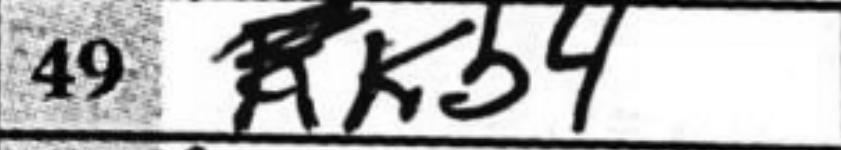
Transcription: Kb4